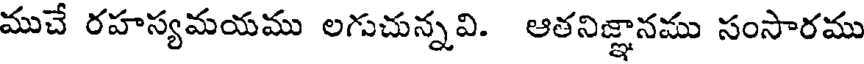
ముచే రహస్యమయము లగుచున్నవి. ఆతనిజ్ఞానము సంసారము